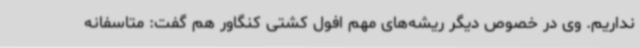
نداریم. وی در خصوص دیگر ریشه‌های مهم افول کشتی کنگاور هم گفت: متاسفانه